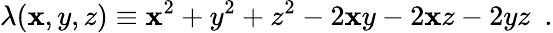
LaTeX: \lambda(\mathbf{x},y,z)\equiv\mathbf{x}^{2}+y^{2}+z^{2}-2\mathbf{x}y-2\mathbf{x}z-2yz\ \ .